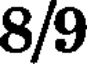
8/9